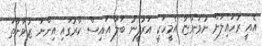
އެއީ ރުހައިލަށް ނުވަންޏާ އެމީހަކީ އަރުފީނު ބަލާ އައިސް ކާރުގައި އިންނަ ޒުވާނާތަ